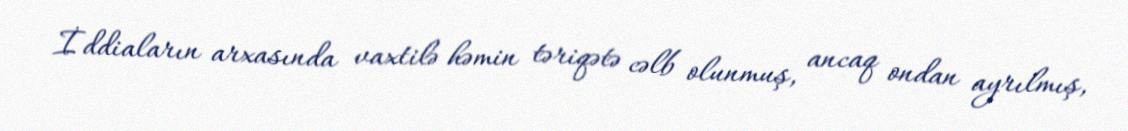
İddiaların arxasında vaxtilə həmin təriqətə cəlb olunmuş, ancaq ondan ayrılmış,